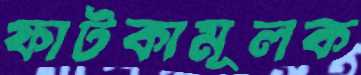
ফাটকামূলক